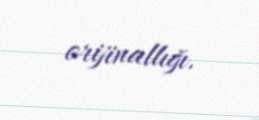
orijinallığı.